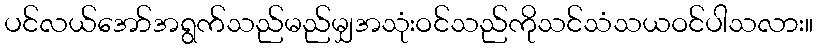
ပင်လယ်အော်အရွက်သည်မည်မျှအသုံးဝင်သည်ကိုသင်သံသယဝင်ပါသလား။